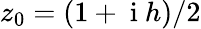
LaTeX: z_{0}=(1+\mathrm{~i~}h)/2